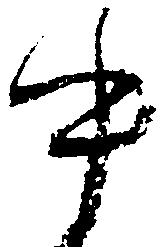
中